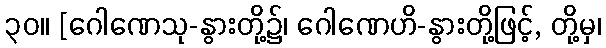
၃၀။ [ဂေါဏေသု-နွားတို့၌၊ ဂေါဏေဟိ-နွားတို့ဖြင့်, တို့မှ၊